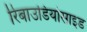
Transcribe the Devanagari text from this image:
रिबाउडियोसाइड